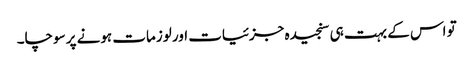
تو اس کے بہت ہی سنجیدہ جزئیات اور لوزمات ہونے پر سوچا۔